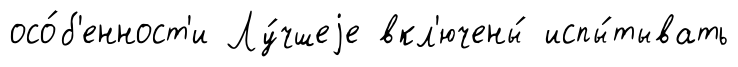
осо́б'енност'и Лу́чшеjе вкл'ючены́ испы́тывать